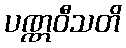
ပဏ္ဏဝီသတိ